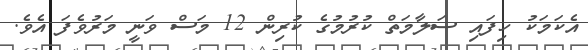
އެކަމަކު ހިފައި ސަލާމަތް ކުރުމުގެ ކުރިން 12 މަސް ވަނީ މަރުވެފަ އެވެ.